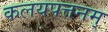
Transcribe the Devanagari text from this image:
कलयपत्तनम्